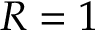
R = 1